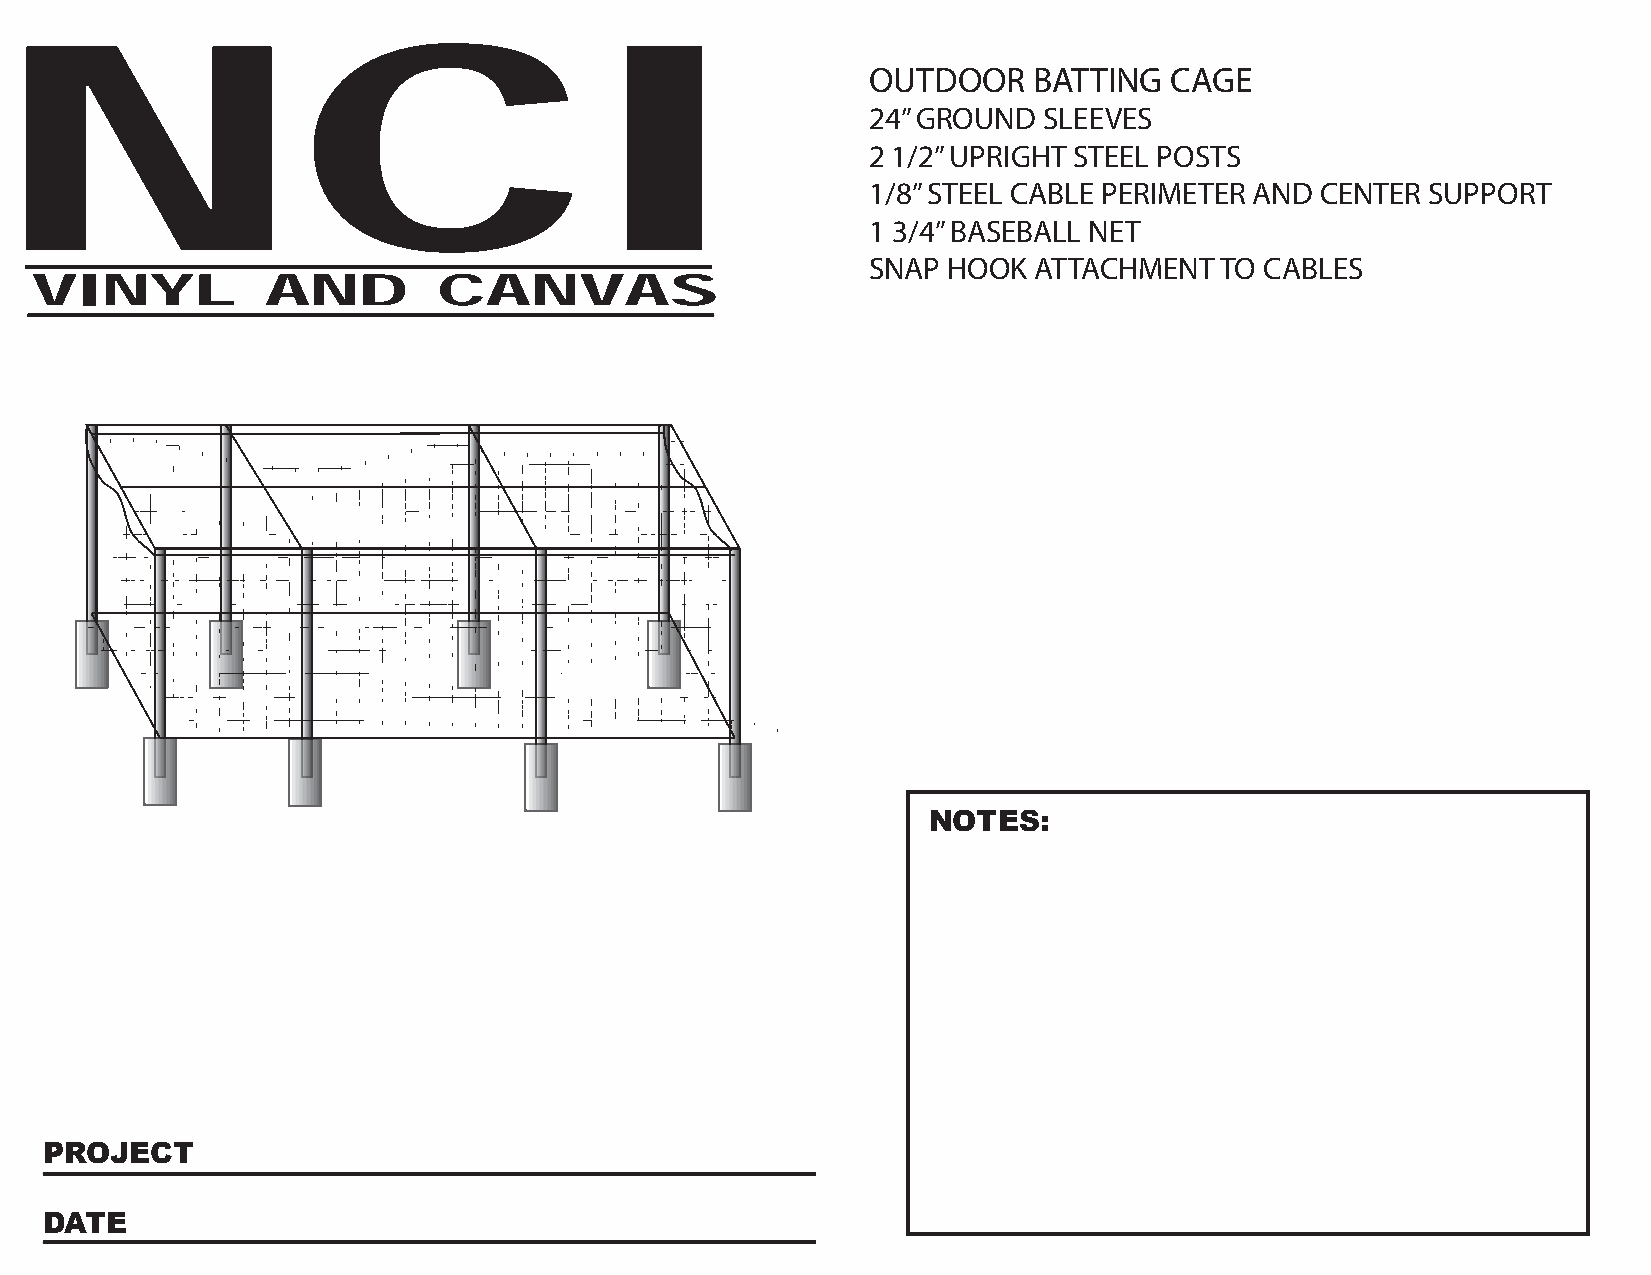
NCI
 OUTDOOR   BATTING  CAGE
 24” GROUND SLEEVES
 2 1/2” UPRIGHT STEEL POSTS
 1/8” STEEL CABLE PERIMETER AND CENTER SUPPORT
 1 3/4” BASEBALL NET
 SNAP HOOK ATTACHMENT   TO CABLES
 VINYL           AND        CANVAS
 NOTES:
 PROJECT
 DATE